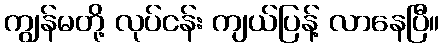
ကျွန်မတို့ လုပ်ငန်း ကျယ်ပြန့် လာနေပြီ။